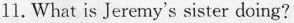
11. What is Jeremy's sister doing?